Civil Veterinary Dept. North-West Frontier Province 1901-22 - 1901-1922
Year: 1901
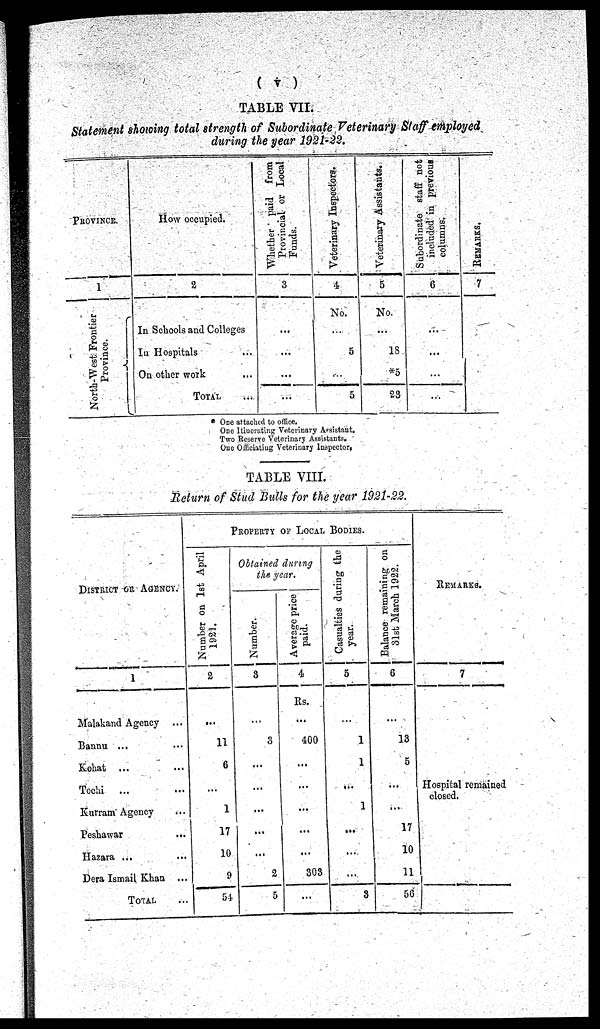
(v)
TABLE VII.
Statement showing total strength of Subordinate Veterinary Staff employed
during the year 1921-22.
PROVINCE.
1
North-West Frontier
Province.
How occupied.
2
In Schools and Colleges
In Hospitals ...
On other work ...
TOTAL ...
Whether paid from
Provincial or Local
Funds.
3
...
...
...
......
Veterinary Inspectors.
4
No.
...
5
...
5
Veterinary Assistants.
5
No.
...
18
*5
23
Subordinate staff not
included in previous
columns.
6
...
...
...
...
REMARKS.
7
* One attached to office.
One Itincrating Veterinary Assistant.
Two Reserve Veterinary Assistants.
One Officiating Veterinary Inspector.
TABLE VIII.
Return of Stud Bulls for the year 1921-22.
DISTRICT OR AGENCY.
1
Malakand Agency ...
Bannu ...
Kohat ... ...
Tochi
... ...
Kurram Agency ...
Peshawar
...
Hazara ... ...
Dera Ismail Khan ...
TOTAL ...
Property of Local Bodies.
Number on 1st April
1921.
2
...
11
6
...
1
17
10
9
54
Obtained during
the year.
Number.
3
...
3
...
...
...
...
...
2
5
Average price
paid.
4
Rs.
...
400
...
...
...
...
...
303
...
Casualties during the
year.
5
...
1
1
...
1
...
...
...
3
Balance remaining on
31st March 1922.
6
...
13
5
...
...
17
10
11
56
REMARKS.
7
Hospital remained
closed.